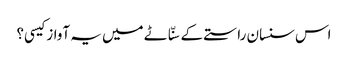
اس سنسان راستے کے سنّاٹے میں یہ آواز کیسی؟